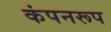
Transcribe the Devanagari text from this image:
कंपनरूप